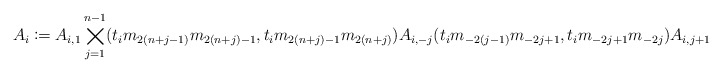
\begin{align*} A_i\coloneqq A_{i,1}\bigtimes_{j=1}^{n-1}(t_im_{2(n+j-1)}m_{2(n+j)-1},t_im_{2(n+j)-1}m_{2(n+j)})A_{i,-j}(t_im_{-2(j-1)}m_{-2j+1},t_im_{-2j+1}m_{-2j})A_{i,j+1}.\end{align*}